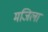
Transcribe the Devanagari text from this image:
मजिला